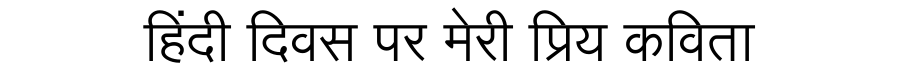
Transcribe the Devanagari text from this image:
हिंदी दिवस पर मेरी प्रिय कविता